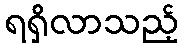
ရရှိလာသည့်